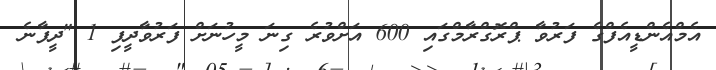
އެމްއެންޑީއެފްގެ ފަރުވާ ޕްރޮގްރާމްގައި 600 އަށްވުރެ ގިނަ މީހުނަށް ފަރުވާދީފި 1 "ދީފާނެ